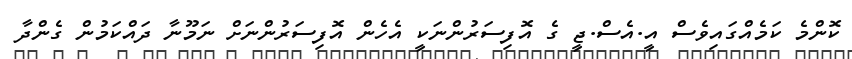
ކޮންމެ ކަމެއްގައިވެސް އީ.އެސް.ޖީ ގެ އޮފިސަރުންނަކީ އެހެން އޮފިސަރުންނަށް ނަމޫނާ ދައްކަމުން ގެންދާ